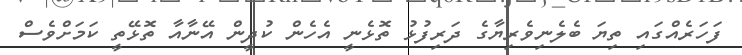
ފަހަރެއްގައި ތިޔަ ބެލެނިވެރިޔާގެ ދަރިފުޅު ތޮޅެނީ އެހެން ކުދީން އޭނާއާ ތޮޅޭތީ ކަމަށްވެސް